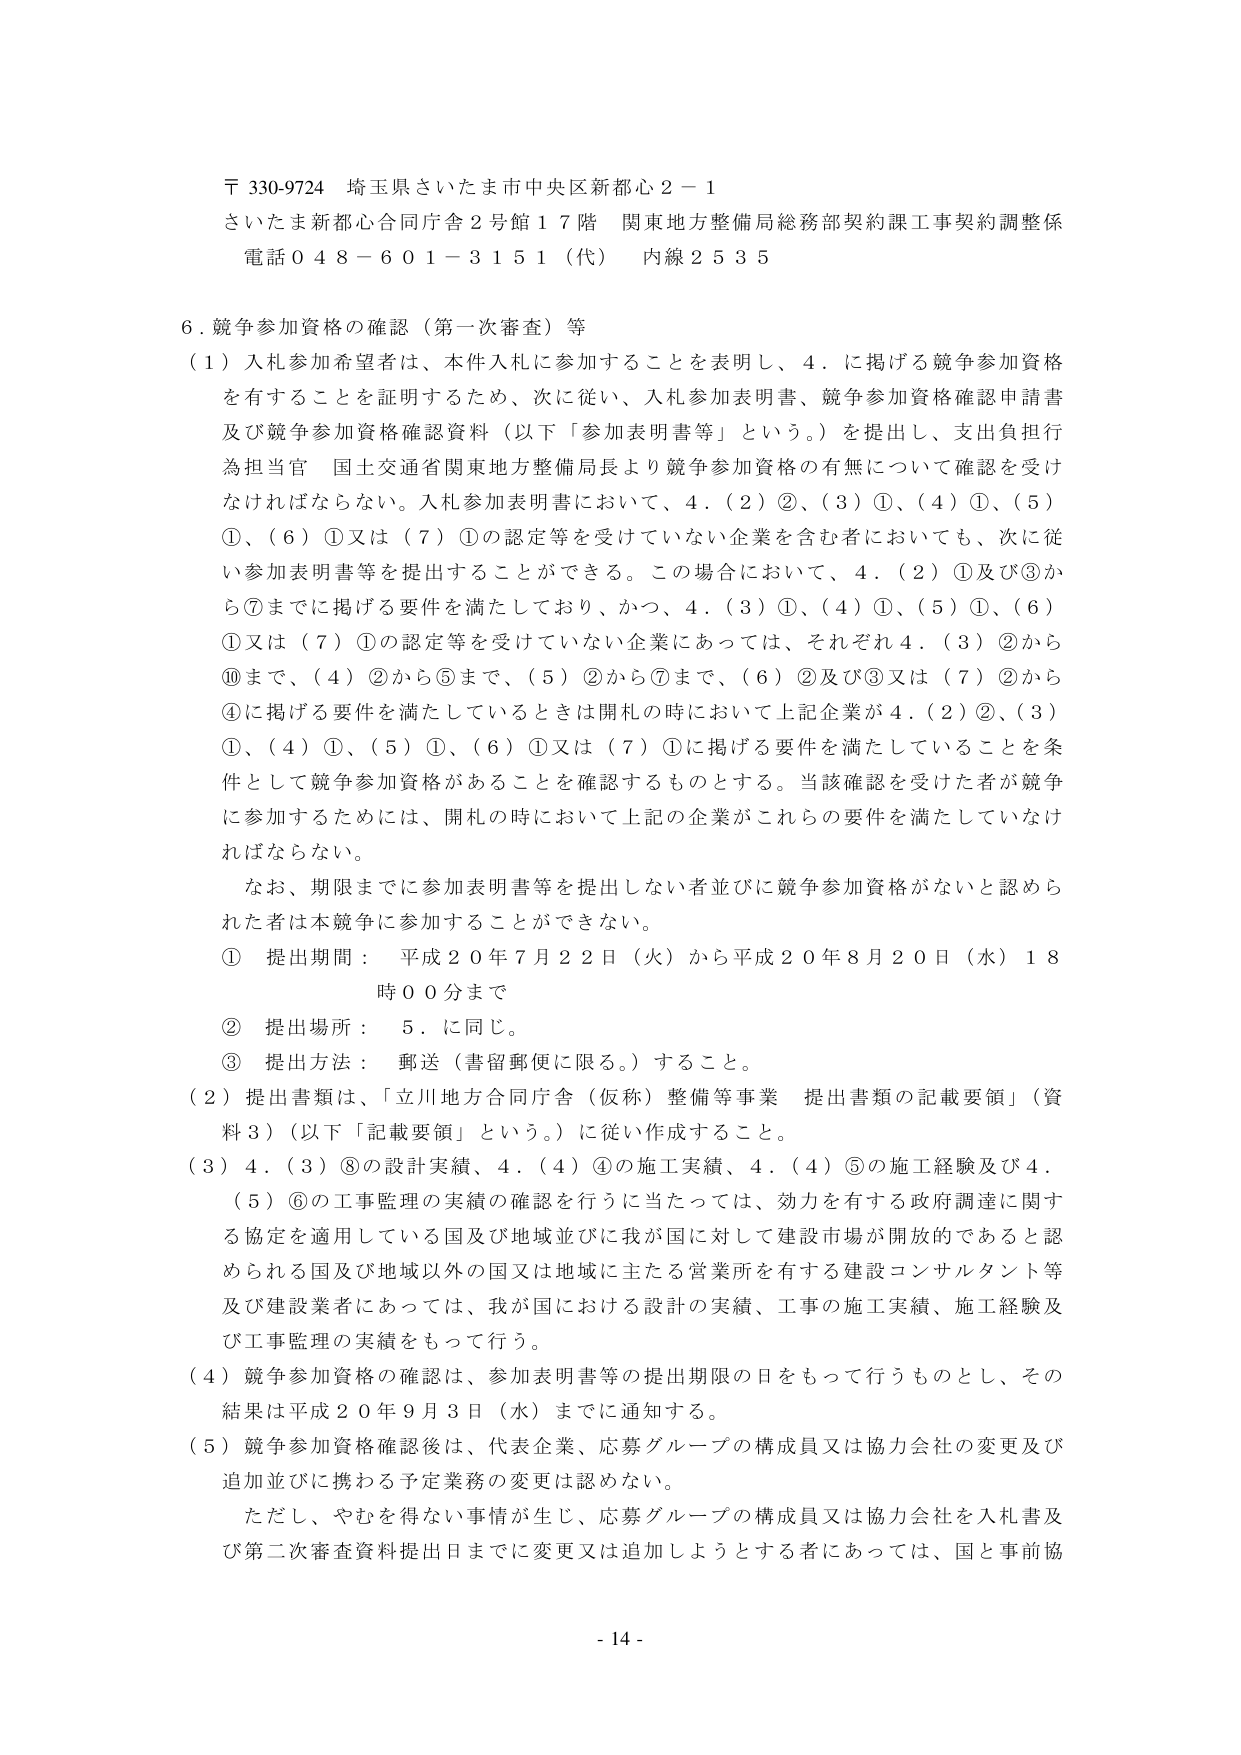
〒330-9724 埼玉県さいたま市中央区新都心2－1
さいたま新都心合同庁舎2号館17階 関東地方整備局総務部契約課工事契約調整係
電話048－601－3151（代） 内線2535

6．競争参加資格の確認（第一次審査）等

（1）入札参加希望者は、本件入札に参加することを表明し、4．に掲げる競争参加資格を有することを証明するため、次に従い、入札参加表明書、競争参加資格確認申請書及び競争参加資格確認資料（以下「参加表明書等」という。）を提出し、支出負担行為担当官 国土交通省関東地方整備局長より競争参加資格の有無について確認を受けなければならない。入札参加表明書において、4．（2）②、（3）①、（4）①、（5）①、（6）①又は（7）①の認定等を受けていない企業を含む者においても、次に従い参加表明書等を提出することができる。この場合において、4．（2）①及び③から⑦までに掲げる要件を満たしており、かつ、4．（3）①、（4）①、（5）①、（6）①又は（7）①の認定等を受けていない企業にあっては、それぞれ4．（3）②から⑩まで、（4）②から⑤まで、（5）②から⑦まで、（6）②及び③又は（7）②から④に掲げる要件を満たしているときは開札の時において上記企業が4．（2）②、（3）①、（4）①、（5）①、（6）①又は（7）①に掲げる要件を満たしていることを条件として競争参加資格があることを確認するものとする。当該確認を受けた者が競争に参加するためには、開札の時において上記の企業がこれらの要件を満たしていなければならない。

なお、期限までに参加表明書等を提出しない者並びに競争参加資格がないと認められた者は本競争に参加することができない。

① 提出期間： 平成20年7月22日（火）から平成20年8月20日（水）18時00分まで
② 提出場所： 5．に同じ。
③ 提出方法： 郵送（書留郵便に限る。）すること。

（2）提出書類は、「立川地方合同庁舎（仮称）整備等事業 提出書類の記載要領」（資料3）（以下「記載要領」という。）に従い作成すること。

（3）4．（3）⑧の設計実績、4．（4）④の施工実績、4．（4）⑤の施工経験及び4．（5）⑥の工事監理の実績の確認を行うに当たっては、効力を有する政府調達に関する協定を適用している国及び地域並びに我が国に対して建設市場が開放的であると認められる国及び地域以外の国又は地域に主たる営業所を有する建設コンサルタント等及び建設業者にあっては、我が国における設計の実績、工事の施工実績、施工経験及び工事監理の実績をもって行う。

（4）競争参加資格の確認は、参加表明書等の提出期限の日をもって行うものとし、その結果は平成20年9月3日（水）までに通知する。

（5）競争参加資格確認後は、代表企業、応募グループの構成員又は協力会社の変更及び追加並びに携わる予定業務の変更は認めない。

ただし、やむを得ない事情が生じ、応募グループの構成員又は協力会社を入札書及び第二次審査資料提出日までに変更又は追加しようとする者にあっては、国と事前協

- 14 -